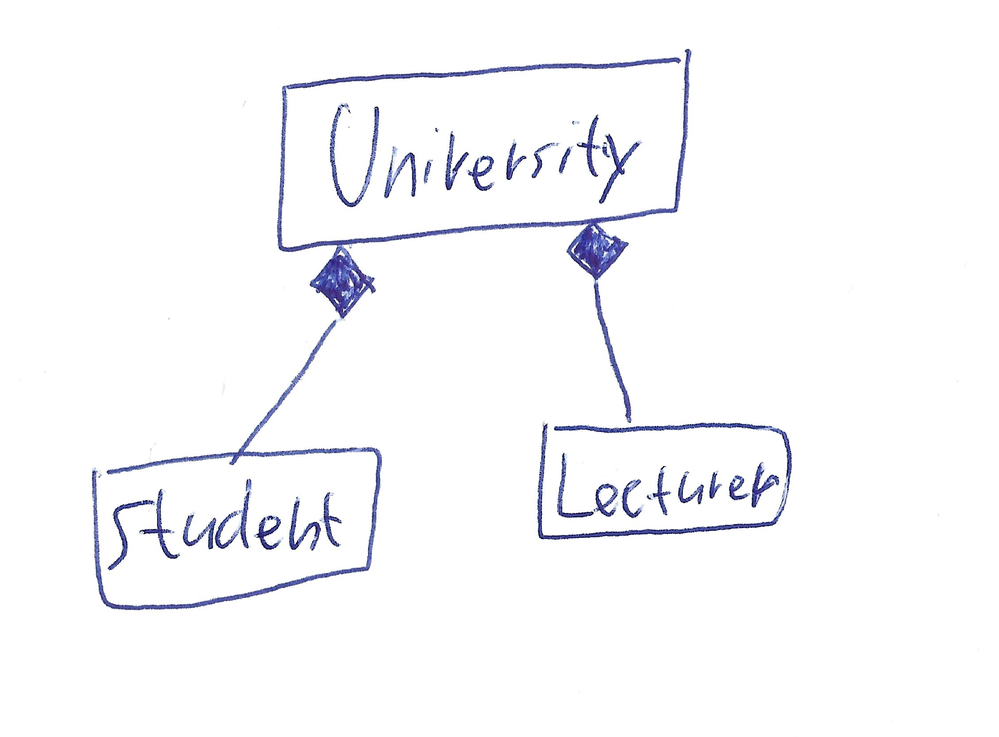
Diagram type: class_diagram
```plantuml
@startuml
class University

class Student

class Lecturer

University *-- Student
University *-- Lecturer

@enduml
```